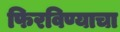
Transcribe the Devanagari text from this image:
फिरविण्याचा